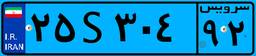
۲۵S۳۰۴۹۲